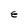
Character: E